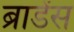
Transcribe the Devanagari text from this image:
ब्राडेंस